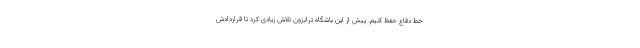
خط دفاع حفظ کنیم. پیش از این باشگاه ترابزون تلاش زیادی کرد تا قراردادش